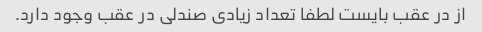
از در عقب بایست لطفا تعداد زیادی صندلی در عقب وجود دارد.